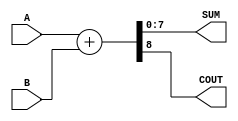
module Parameterized_Adder #(
    parameter WIDTH = 8  // Parameter for bit-width, default is 8 bits
) (
    input  [WIDTH-1:0] A,   // First operand
    input  [WIDTH-1:0] B,   // Second operand
    output [WIDTH-1:0] SUM,  // Sum output
    output COUT             // Carry-out signal
);

    // Behavioral logic for addition
    assign {COUT, SUM} = A + B;  // Concatenate COUT with SUM to handle carry

endmodule